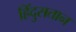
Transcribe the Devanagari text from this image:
हिंदुसतान